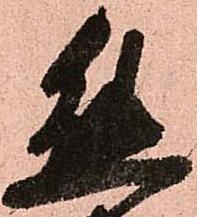
態